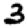
Digit: 3